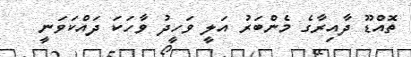
ތޮއްޑޫ ދާއިރާގެ މެންބަރު އަލީ ވަހީދު ވާހަކަ ދައްކަވަނީ